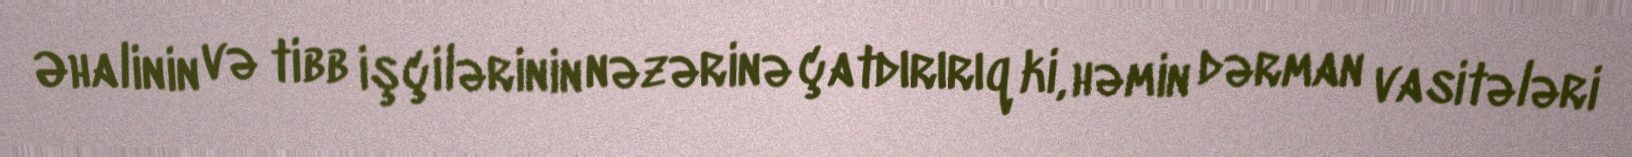
Əhalinin və tibb işçilərinin nəzərinə çatdırırıq ki, həmin dərman vasitələri